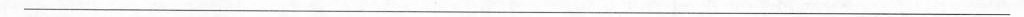
___